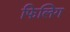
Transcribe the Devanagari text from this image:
फिलिग